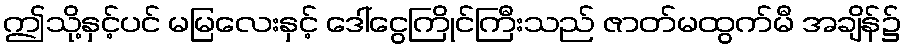
ဤသို့နှင့်ပင် မမြလေးနှင့် ဒေါ်ငွေကြိုင်ကြီးသည် ဇာတ်မထွက်မီ အချိန်၌